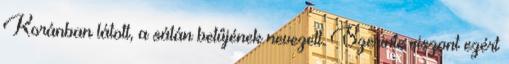
Koránban látott, a sátán betűjének nevezett. Szerinte viszont ezért